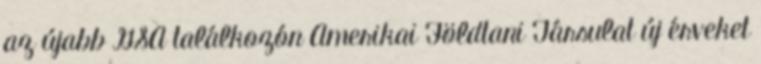
az újabb GSA találkozón Amerikai Földtani Társulat új érveket